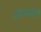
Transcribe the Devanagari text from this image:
भोजाखेडी